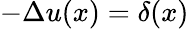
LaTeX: -\Delta u(x)=\delta(x)